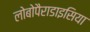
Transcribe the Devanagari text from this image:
लोबोपैराडाइसिया